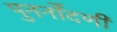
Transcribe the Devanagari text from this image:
पुनर्नोंदणी